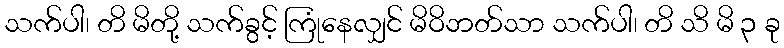
သက်ပါ၊ တိ မိတို့ သက်ခွင့် ကြုံနေလျှင် မိဝိဘတ်သာ သက်ပါ၊ တိ သိ မိ ၃ ခု